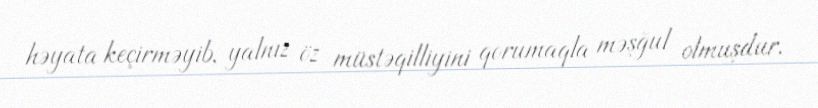
həyata keçirməyib, yalnız öz müstəqilliyini qorumaqla məşğul olmuşdur.